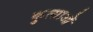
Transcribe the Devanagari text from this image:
कुत्साओं